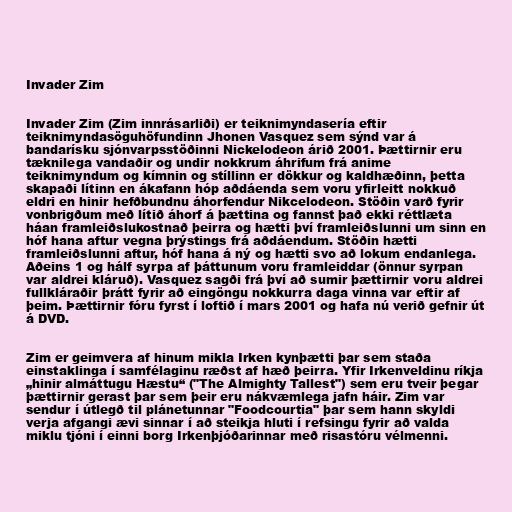
Invader Zim

Invader Zim (Zim innrásarliði) er teiknimyndasería eftir
teiknimyndasöguhöfundinn Jhonen Vasquez sem sýnd var á
bandarísku sjónvarpsstöðinni Nickelodeon árið 2001. Þættirnir eru
tæknilega vandaðir og undir nokkrum áhrifum frá anime
teiknimyndum og kímnin og stíllinn er dökkur og kaldhæðinn, þetta
skapaði lítinn en ákafann hóp aðdáenda sem voru yfirleitt nokkuð
eldri en hinir hefðbundnu áhorfendur Nikcelodeon. Stöðin varð fyrir
vonbrigðum með lítið áhorf á þættina og fannst það ekki réttlæta
háan framleiðslukostnað þeirra og hætti því framleiðslunni um sinn en
hóf hana aftur vegna þrýstings frá aðdáendum. Stöðin hætti
framleiðslunni aftur, hóf hana á ný og hætti svo að lokum endanlega.
Aðeins 1 og hálf syrpa af þáttunum voru framleiddar (önnur syrpan
var aldrei kláruð). Vasquez sagði frá því að sumir þættirnir voru aldrei
fullkláraðir þrátt fyrir að eingöngu nokkurra daga vinna var eftir af
þeim. Þættirnir fóru fyrst í loftið í mars 2001 og hafa nú verið gefnir út
á DVD.

Zim er geimvera af hinum mikla Irken kynþætti þar sem staða
einstaklinga í samfélaginu ræðst af hæð þeirra. Yfir Irkenveldinu ríkja
„hinir almáttugu Hæstu“ ("The Almighty Tallest") sem eru tveir þegar
þættirnir gerast þar sem þeir eru nákvæmlega jafn háir. Zim var
sendur í útlegð til plánetunnar "Foodcourtia" þar sem hann skyldi
verja afgangi ævi sinnar í að steikja hluti í refsingu fyrir að valda
miklu tjóni í einni borg Irkenþjóðarinnar með risastóru vélmenni.